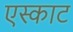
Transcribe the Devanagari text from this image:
एस्काट